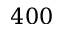
4 0 0